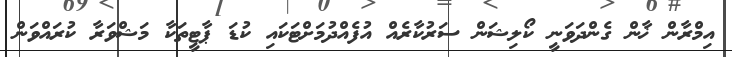
އިމްރާން ޚާން ގެންދަވަނީ ކޯލިޝަން ސަރުކާރެއް އުފެއްދުމަށްޓަކައި ކުޑަ ޕާޓީތަކާ މަޝްވަރާ ކުރައްވަން